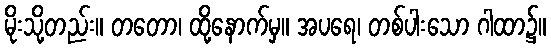
မိုးသို့တည်း။ တတော၊ ထို့နောက်မှ။ အပရေ၊ တစ်ပါးသော ဂါထာ၌။